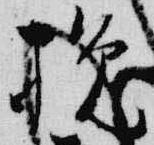
挽